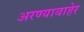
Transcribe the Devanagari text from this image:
अरण्याबाहेर